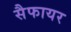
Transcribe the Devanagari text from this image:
सैफायर